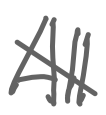
Text: All
Cross-out: cross
Writing tool: digital_gray